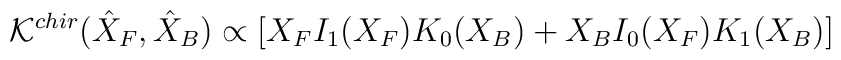
{\cal K}^{chir}(\hat{X}_F,\hat{X}_B)\propto\left[X_FI_1(X_F)K_0(X_B)+X_BI_0(X_F)K_1(X_B)\right]